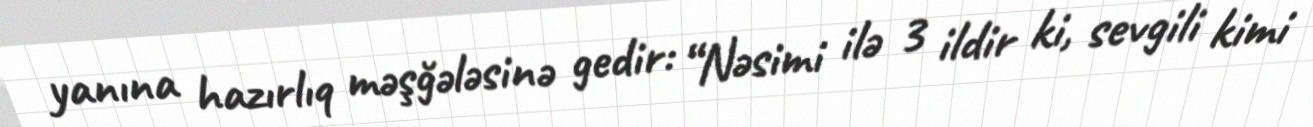
yanına hazırlıq məşğələsinə gedir: “Nəsimi ilə 3 ildir ki, sevgili kimi